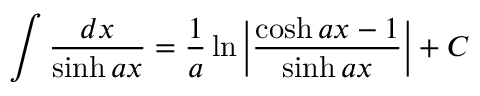
\int { \frac { d x } { \sinh a x } } = { \frac { 1 } { a } } \ln \left| { \frac { \cosh a x - 1 } { \sinh a x } } \right| + C